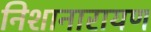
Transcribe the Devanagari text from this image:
निशानारायण